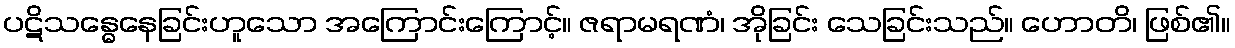
ပဋိသန္ဓေနေခြင်းဟူသော အကြောင်းကြောင့်။ ဇရာမရဏံ၊ အိုခြင်း သေခြင်းသည်။ ဟောတိ၊ ဖြစ်၏။